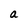
Character: a